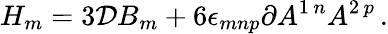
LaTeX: H_{m}=3{\cal D}B_{m}+6\epsilon_{mnp}\partial A^{1\, n}A^{2\, p}\, .